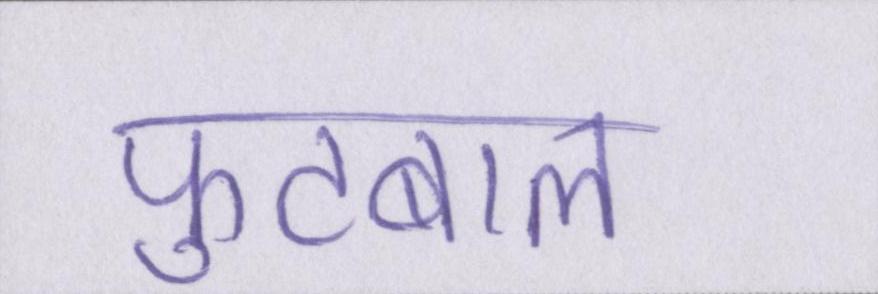
फुटबाल